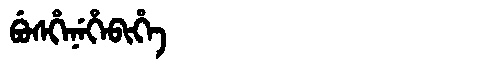
Manchu: ᠪᡠᠰᡥᡝᠨᡝᡥᡝᠪᡳᡥᡝ
Romanization: BUSHENEHEBIHE